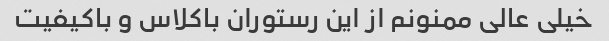
خیلی عالی ممنونم از این رستوران باکلاس و باکیفیت